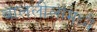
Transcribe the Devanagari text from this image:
बाललीलांमध्ये